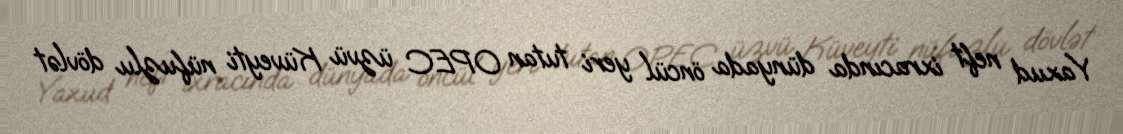
Yaxud neft ixracında dünyada öncül yeri tutan OPEC üzvü Küveyti nüfuzlu dövlət